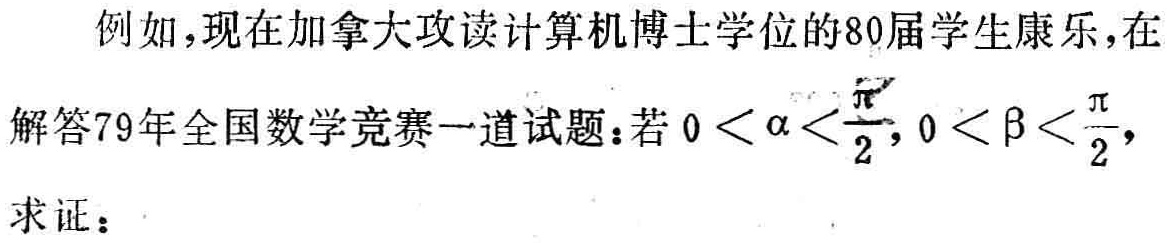
例如，现在加拿大攻读计算机博士学位的80届学生康乐，在

解答79年全国数学竞赛一道试题：若\(0 < \alpha < \frac{\pi}{2}, 0 < \beta < \frac{\pi}{2}\)，

求证：